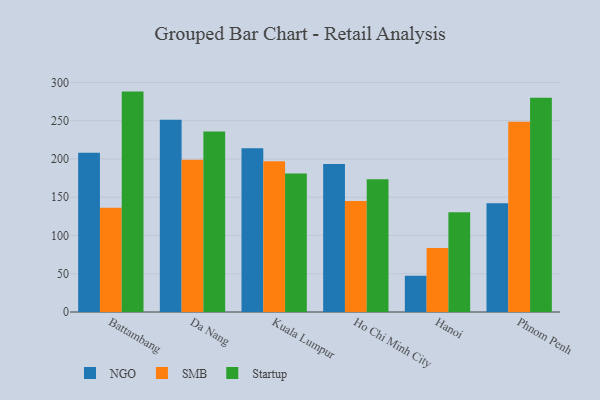
{"axis": {"x": "City", "y": "Energy Usage (MWh)"}, "legend": ["NGO", "SMB", "Startup"], "data": [{"x": "Battambang", "y": 208.1, "type": "NGO"}, {"x": "Battambang", "y": 136.3, "type": "SMB"}, {"x": "Battambang", "y": 288.0, "type": "Startup"}, {"x": "Da Nang", "y": 251.3, "type": "NGO"}, {"x": "Da Nang", "y": 198.8, "type": "SMB"}, {"x": "Da Nang", "y": 235.9, "type": "Startup"}, {"x": "Kuala Lumpur", "y": 214.1, "type": "NGO"}, {"x": "Kuala Lumpur", "y": 197.0, "type": "SMB"}, {"x": "Kuala Lumpur", "y": 181.1, "type": "Startup"}, {"x": "Ho Chi Minh City", "y": 193.5, "type": "NGO"}, {"x": "Ho Chi Minh City", "y": 145.2, "type": "SMB"}, {"x": "Ho Chi Minh City", "y": 173.4, "type": "Startup"}, {"x": "Hanoi", "y": 47.4, "type": "NGO"}, {"x": "Hanoi", "y": 83.5, "type": "SMB"}, {"x": "Hanoi", "y": 130.2, "type": "Startup"}, {"x": "Phnom Penh", "y": 142.1, "type": "NGO"}, {"x": "Phnom Penh", "y": 248.7, "type": "SMB"}, {"x": "Phnom Penh", "y": 280.1, "type": "Startup"}]}